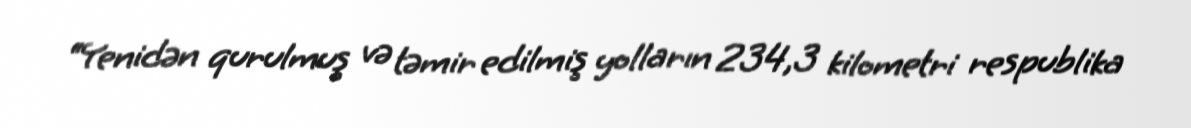
“Yenidən qurulmuş və təmir edilmiş yolların 234,3 kilometri respublika